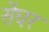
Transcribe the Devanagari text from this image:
सेंघर